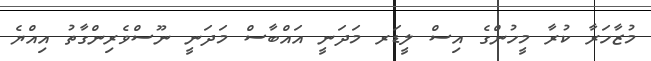
މުޒާހަރާ ކުރާ މީހުންގެ އިސް ލީޑަރ މަދަނީ އައްބާސް މަދަނީ ނޫސްވެރިންގާތު އިއްޔެ